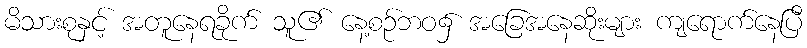
မိသားစုနှင့် အတူနေရခိုက် သူ၏ နေ့စဉ်ဘဝ၌ အခြေအနေဆိုးများ ကျရောက်နေပြီ